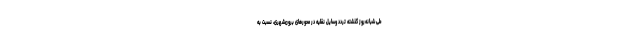
طی شبانه‌روز گذشته تردد وسایل نقلیه در محورهای برون‌شهری، نسبت به